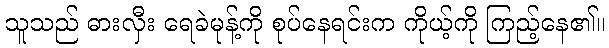
သူသည် ဓားလှီး ရေခဲမုန့်ကို စုပ်နေရင်းက ကိုယ့်ကို ကြည့်နေ၏။